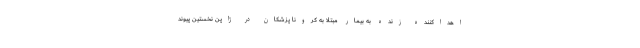
اهداکننده زنده به بیمار مبتلا به کرونا پزشکان در ژاپن نخستین پیوند